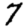
Digit: 7